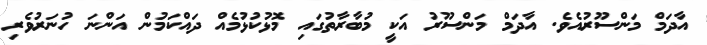
އާދަމް މަންސޫރުއެވެ. އާދަމް މަންސޫރު އަކީ މުބާރާތުގައި މޮޅުކުޅުމެއް ދައްކަމުން އަންނަ ހުނަރުވެރި